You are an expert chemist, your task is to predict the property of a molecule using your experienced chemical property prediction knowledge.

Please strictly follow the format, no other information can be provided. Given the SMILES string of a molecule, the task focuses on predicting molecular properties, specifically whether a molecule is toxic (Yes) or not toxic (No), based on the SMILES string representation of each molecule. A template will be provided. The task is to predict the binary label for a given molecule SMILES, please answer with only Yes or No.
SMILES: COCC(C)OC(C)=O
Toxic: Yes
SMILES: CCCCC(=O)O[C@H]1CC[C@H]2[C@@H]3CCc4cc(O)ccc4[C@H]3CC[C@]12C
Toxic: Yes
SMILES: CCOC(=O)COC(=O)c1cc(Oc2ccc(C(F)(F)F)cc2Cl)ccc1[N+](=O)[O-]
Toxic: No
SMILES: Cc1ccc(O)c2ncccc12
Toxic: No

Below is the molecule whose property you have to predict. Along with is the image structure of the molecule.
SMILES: CC(C)(C)c1n[nH]c(=S)n(N)c1=O
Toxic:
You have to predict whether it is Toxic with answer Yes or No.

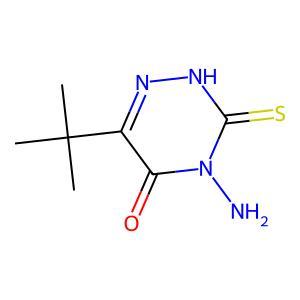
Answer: No